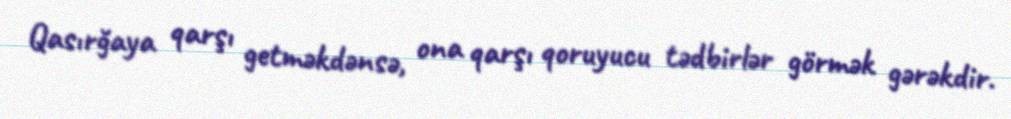
Qasırğaya qarşı getməkdənsə, ona qarşı qoruyucu tədbirlər görmək gərəkdir.